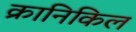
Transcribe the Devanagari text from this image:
क्रानिकिल